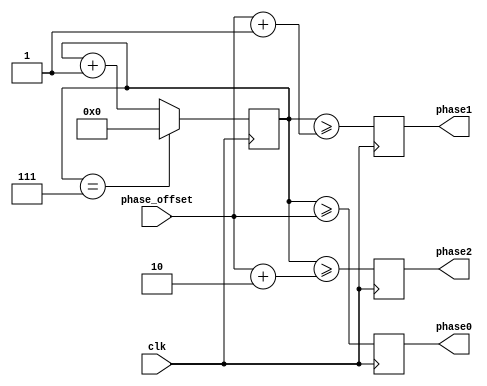
module multi_phase_clock_divider(
    input wire clk,
    input wire [7:0] phase_offset,
    output reg phase0,
    output reg phase1,
    output reg phase2,
    // Add more outputs as needed
    
);
    
    reg [7:0] counter;
    
    always @(posedge clk) begin
        counter <= counter + 1;
        
        phase0 <= (counter >= phase_offset);
        phase1 <= (counter >= phase_offset + 1);
        phase2 <= (counter >= phase_offset + 2);
        // Add more phase outputs using similar logic
        
        // Reset counter after desired number of phases
        if(counter == 7) begin
            counter <= 0;
        end
    end
    
endmodule